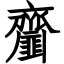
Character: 齏